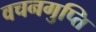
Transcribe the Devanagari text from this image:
वचनगुप्ति